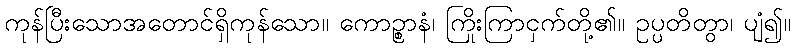
ကုန်ပြီးသောအတောင်ရှိကုန်သော။ ကောဉ္စာနံ၊ ကြိုးကြာငှက်တို့၏။ ဥပ္ပတိတွာ၊ ပျံ၍။